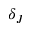
\delta _ { J }